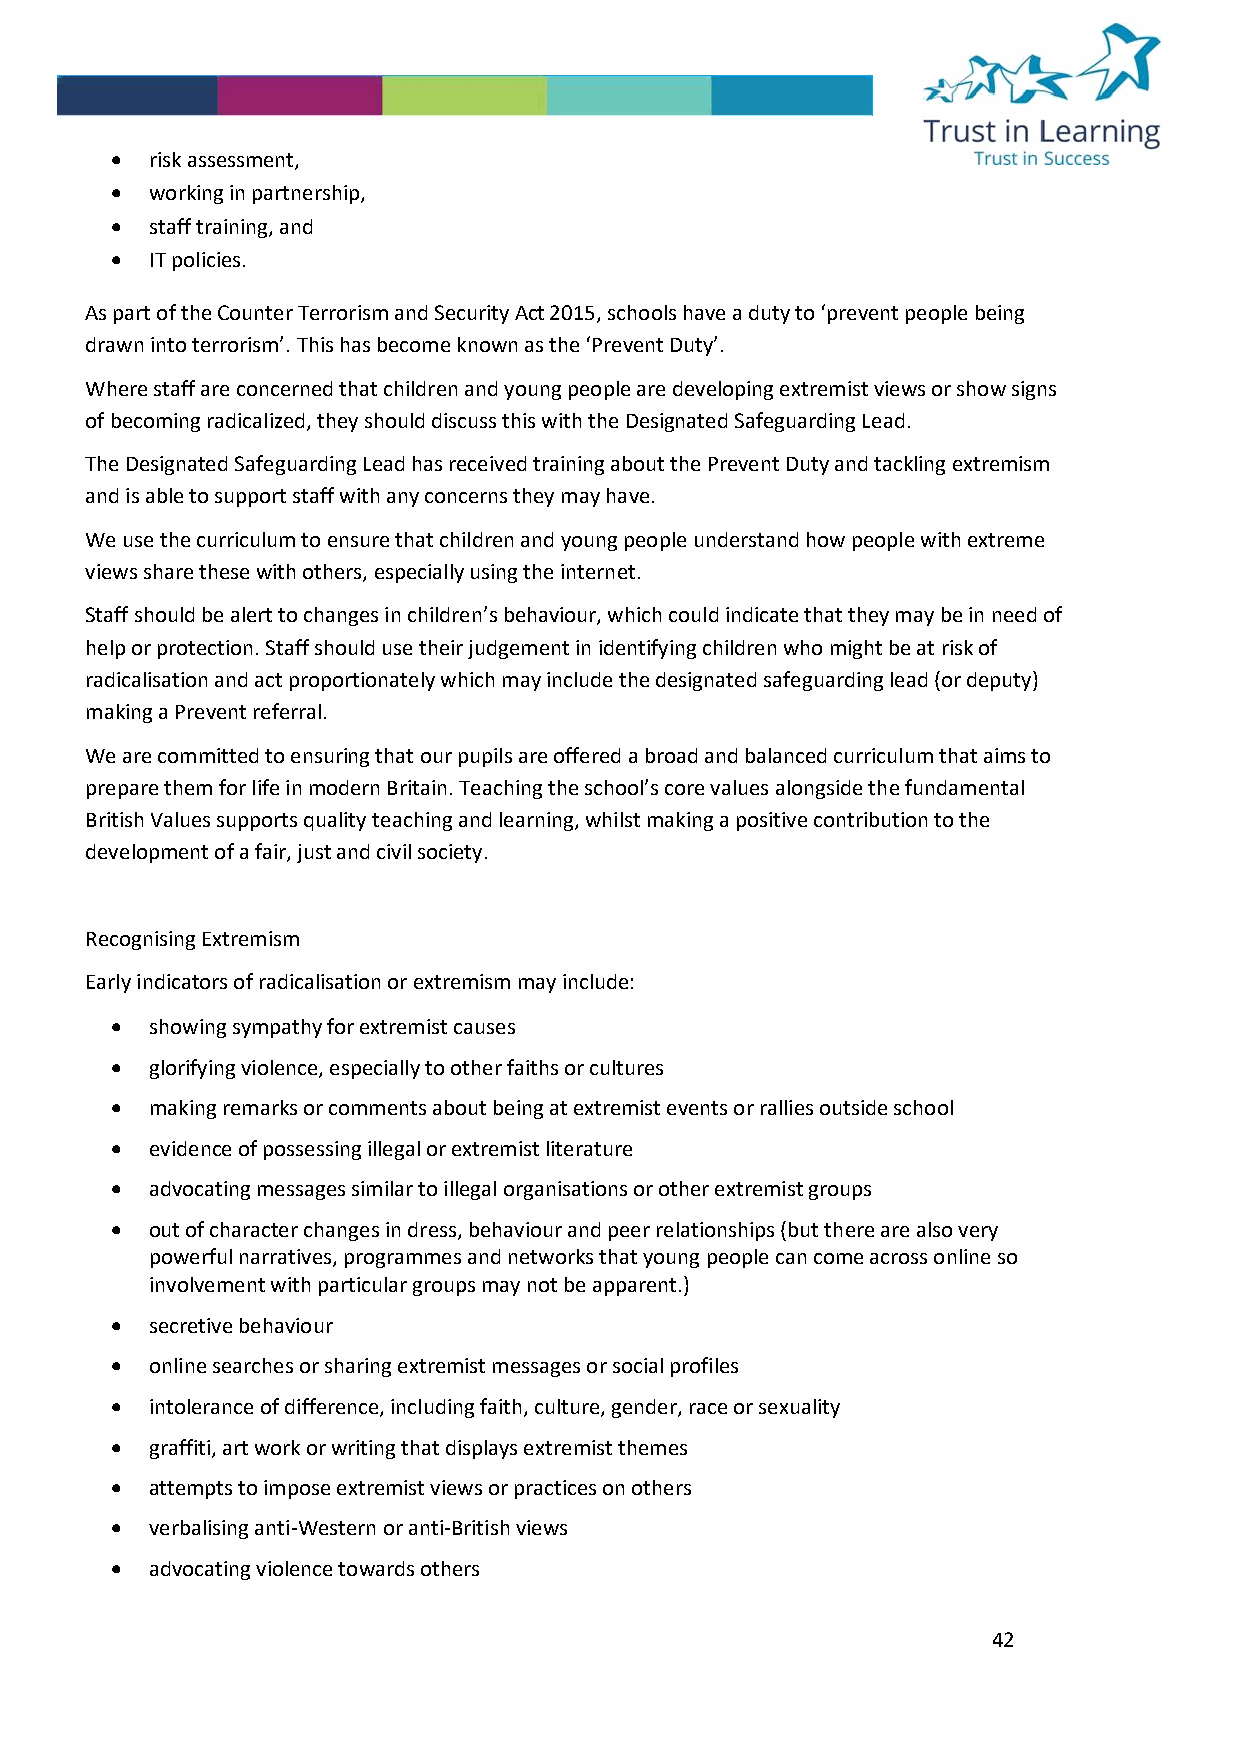
•  risk assessment,
 •  working in partnership,
 •  staff training, and
 •  IT policies.
 As part of the Counter Terrorism and Security Act 2015, schools have a duty to ‘prevent people being
 drawn into terrorism’. This has become known as the ‘Prevent Duty’.
 Where staff are concerned that children and young people are developing extremist views or show signs
 of becoming radicalized, they should discuss this with the Designated Safeguarding Lead.
 The Designated Safeguarding Lead has received training about the Prevent Duty and tackling extremism
 and is able to support staff with any concerns they may have.
 We use the curriculum to ensure that children and young people understand how people with extreme
 views share these with others, especially using the internet.
 Staff should be alert to changes in children’s behaviour, which could indicate that they may be in need of
 help or protection. Staff should use their judgement in identifying children who might be at risk of
 radicalisation and act proportionately which may include the designated safeguarding lead (or deputy)
 making a Prevent referral.
 We are committed to ensuring that our pupils are offered a broad and balanced curriculum that aims to
 prepare them for life in modern Britain. Teaching the school’s core values alongside the fundamental
 British Values supports quality teaching and learning, whilst making a positive contribution to the
 development of a fair, just and civil society.
 Recognising Extremism
 Early indicators of radicalisation or extremism may include:
 •  showing sympathy for extremist causes
 •  glorifying violence, especially to other faiths or cultures
 •  making remarks or comments about being at extremist events or rallies outside school
 •  evidence of possessing illegal or extremist literature
 •  advocating messages similar to illegal organisations or other extremist groups
 •  out of character changes in dress, behaviour and peer relationships (but there are also very
 powerful narratives, programmes and networks that young people can come across online so
 involvement with particular groups may not be apparent.)
 •  secretive behaviour
 •  online searches or sharing extremist messages or social profiles
 •  intolerance of difference, including faith, culture, gender, race or sexuality
 •  graffiti, art work or writing that displays extremist themes
 •  attempts to impose extremist views or practices on others
 •  verbalising anti-Western or anti-British views
 •  advocating violence towards others
 42